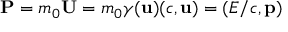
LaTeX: \mathbf { P } = m _ { 0 } \mathbf { U } = m _ { 0 } \gamma ( \mathbf { u } ) ( c , \mathbf { u } ) = ( E / c , \mathbf { p } )